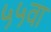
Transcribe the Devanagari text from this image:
५५वा